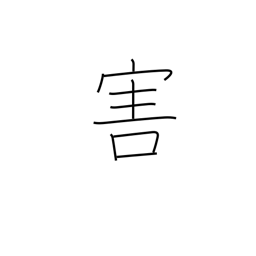
Meaning: harm